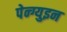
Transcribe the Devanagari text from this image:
पेन्ग्युइन